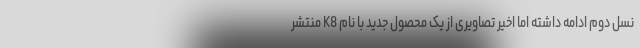
نسل دوم ادامه داشته اما اخیر تصاویری از یک محصول جدید با نام K8 منتشر